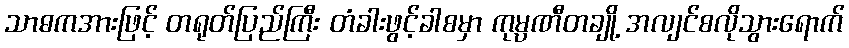
သာဓကအားဖြင့် တရုတ်ပြည်ကြီး တံခါးဖွင့်ခါစမှာ ကုမ္ပဏီတချို့ အလျင်စလိုသွားရောက်